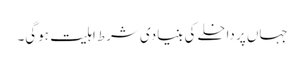
جہاں پر داخلے کی بنیادی شرط اہلیت ہوگی۔